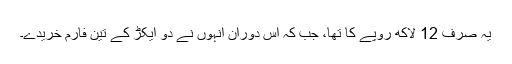
یہ صرف 12 لاکھ روپے کا تھا، جب کہ اس دوران انہوں نے دو ایکڑ کے تین فارم خریدے۔